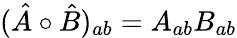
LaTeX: (\hat{A}\circ\hat{B})_{ab}=A_{ab}B_{ab}